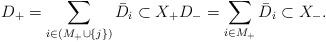
LaTeX: \begin{align*} D_+=\sum_{i\in (M_+\cup \{j\})} \bar{D}_i\subset X_+ D_-=\sum_{i\in M_+} \bar{D}_i\subset X_-. \end{align*}